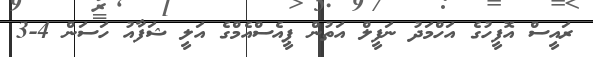
ރައީސް އޮފީހުގެ އަހްމަދު ނަފީލް އަތުން ޕީއެސްއެމްގެ އަލީ ޝަފާއު ހަސަން 4-3